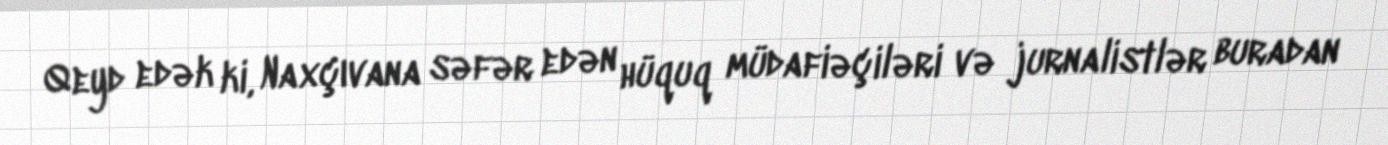
Qeyd edək ki, Naxçıvana səfər edən hüquq müdafiəçiləri və jurnalistlər buradan